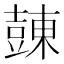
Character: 𧯾